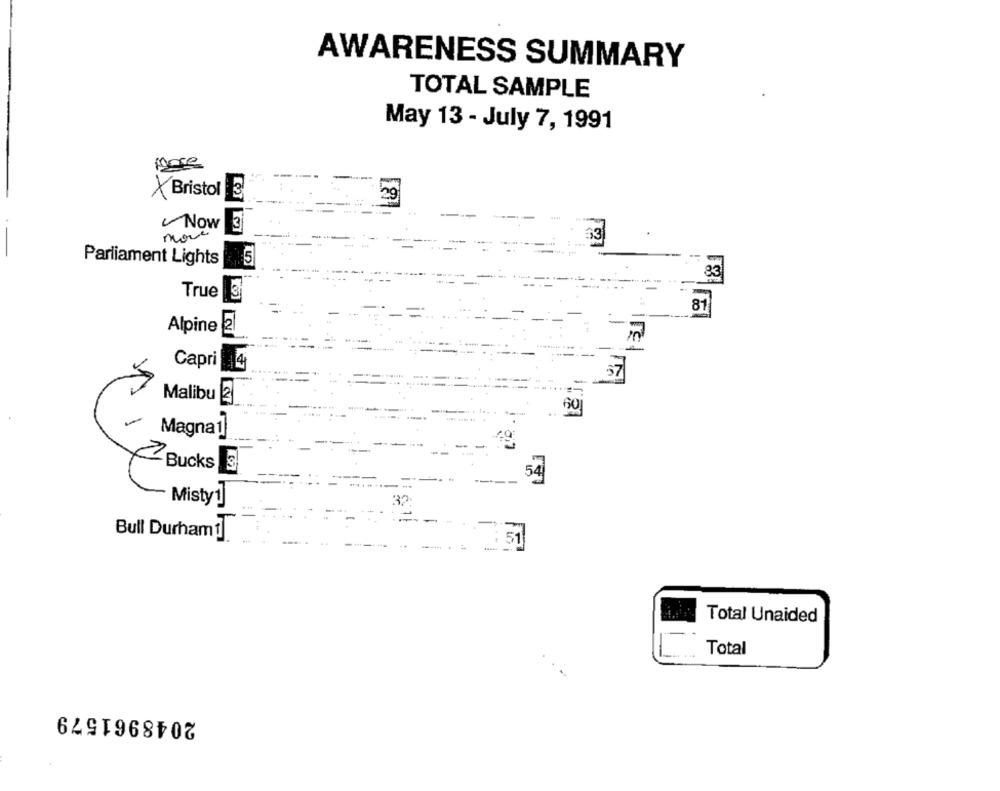
AWARENESS SUMMARY
TOTAL SAMPLE
May 13 - July 7, 1991
more
X Bristol3
29
Now
3
more
33
Parliament Lights
5
33
True 3
81
Alpine 2
Capri
Malibu 2
GO
-
Magna1
2 Bucks
54
Misty1
Bull Durham1
51
Total Unaided
Total
2048961579